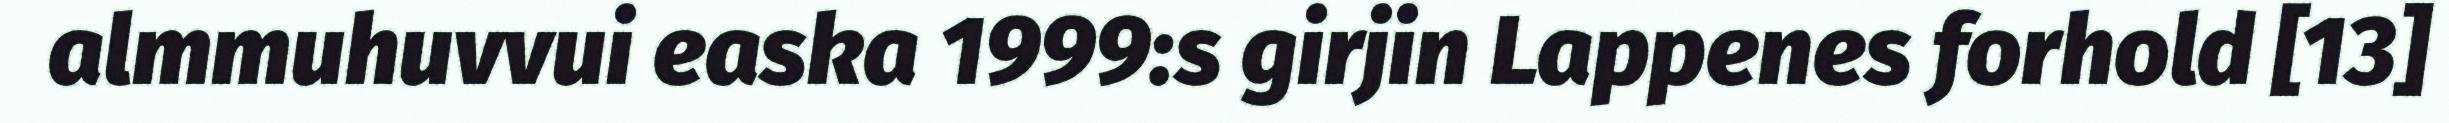
almmuhuvvui easka 1999:s girjin Lappenes forhold [13]